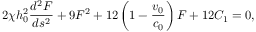
2 \chi h _ { 0 } ^ { 2 } \frac { d ^ { 2 } F } { d s ^ { 2 } } + 9 F ^ { 2 } + 1 2 \left( 1 - \frac { v _ { 0 } } { c _ { 0 } } \right) F + 1 2 C _ { 1 } = 0 ,